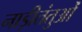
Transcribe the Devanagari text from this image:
नाड़ीतंतुओं